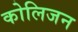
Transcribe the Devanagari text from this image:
कोलिजन